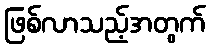
ဖြစ်လာသည့်အတွက်